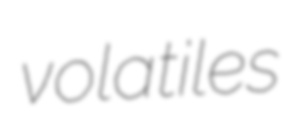
volatiles